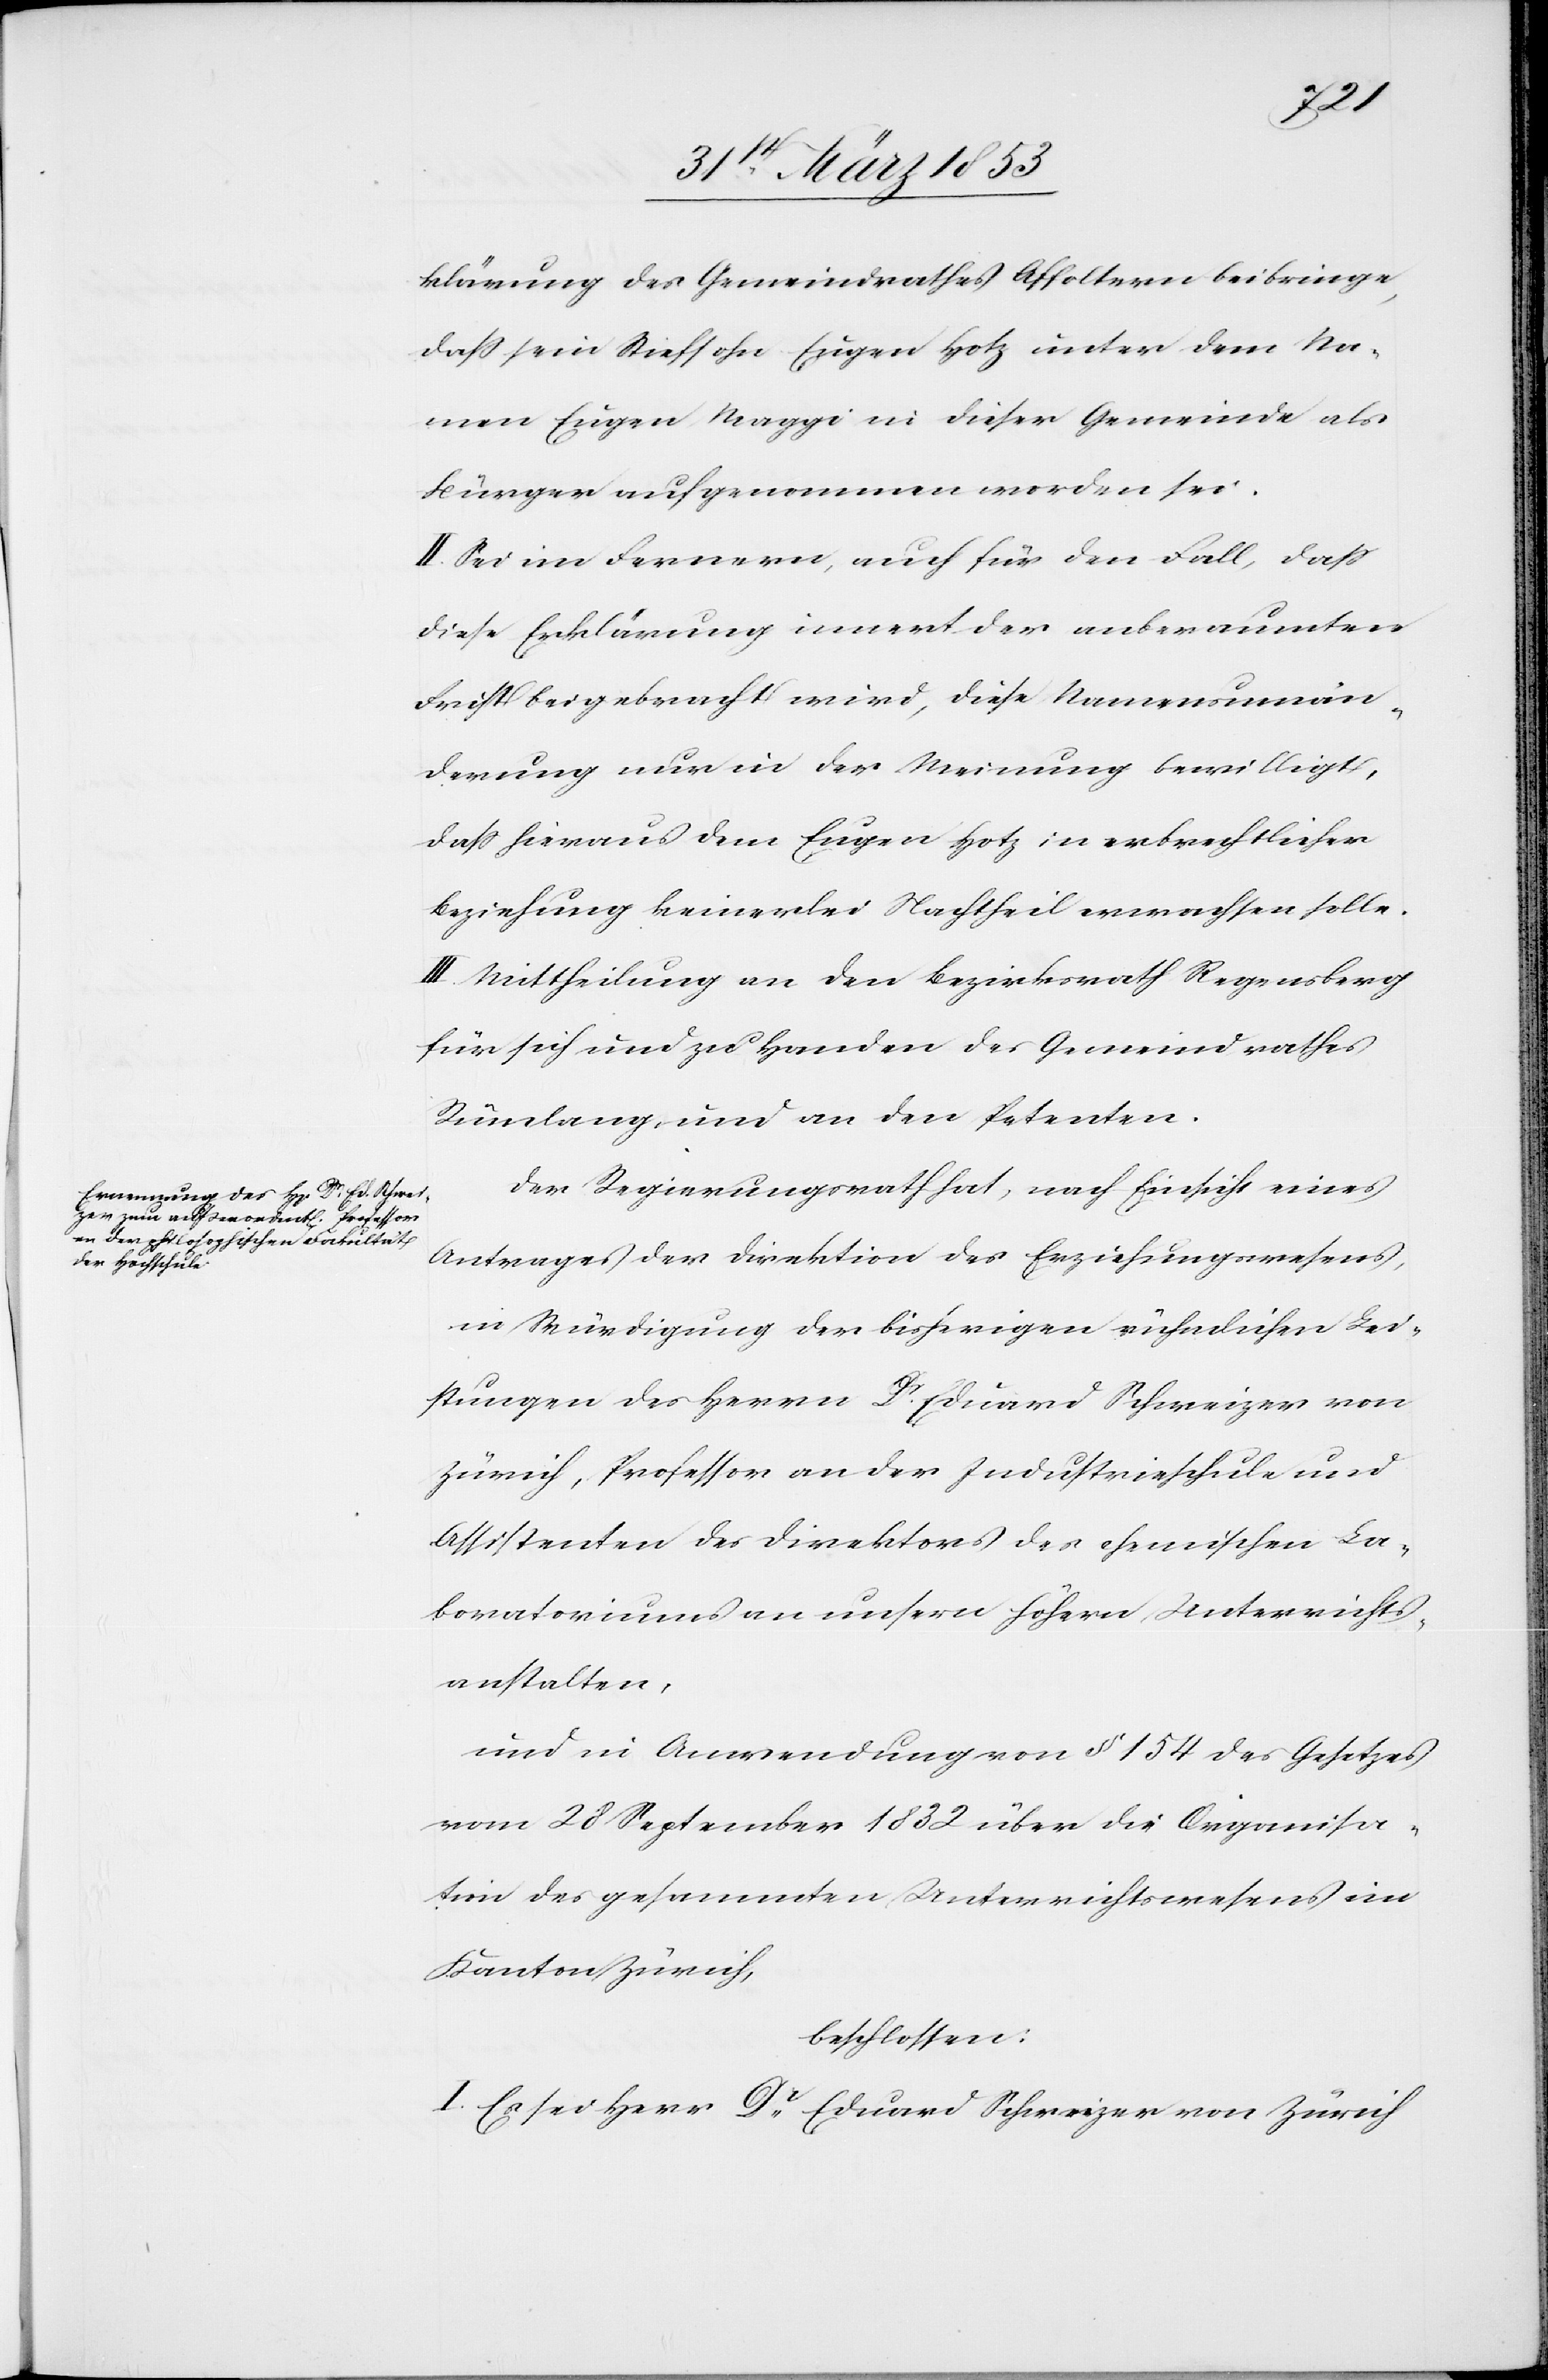
klärung des Gemeindrathes Affoltern beibringe,
daß sein Stiefsohn Eugen Hotz unter dem Na¬
men Eugen Maggi in dieser Gemeinde als
Bürger aufgenommen worden sei.
II. Sei im Fernern, auch für den Fall daß
diese Erklärung innert der anberaumten
Frist beigebracht wird, diese Namensumän¬
derung nur in der Meinung bewilligt,
daß hieraus dem Eugen Hotz in erbrechtlicher
Beziehung keinerlei Nachtheil erwachsen solle.
III. Mittheilung an den Bezirksrath Regensberg
für sich und zu Handen des Gemeindrathes
Rümlang und an den Petenten.
Der Regierungsrath hat, nach Einsicht eines
Antrages der Direktion des Erziehungswesens,
in Würdigung der bisherigen rühmlichen Lei¬
stungen des Herrn Dr. Eduard Schweizer von
Zürich, Professor an der Industrieschule und
Assistenten des Direktors des chemischen La¬
boratoriums an unsern höhern Unterrichts¬
anstalten.
und in Anwendung von § 154 des Gesetzes
vom 28 September 1832 über die Organisa¬
tion des gesammten Unterrichtswesens im
Kanton Zürich,
beschlossen:
I. Es sei Herr Dr. Eduard Schweizer von Zürich